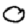
Digit: 0